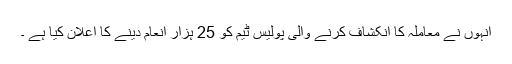
انہوں نے معاملہ کا انکشاف کرنے والی پولیس ٹیم کو 25 ہزار انعام دینے کا اعلان کیا ہے ۔